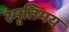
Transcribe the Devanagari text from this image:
स्मृतिमय